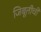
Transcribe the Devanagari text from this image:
जिबूतीची